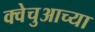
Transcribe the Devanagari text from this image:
क्वेचुआच्या